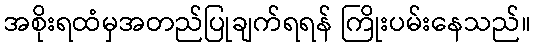
အစိုးရထံမှအတည်ပြုချက်ရရန် ကြိုးပမ်းနေသည်။